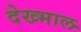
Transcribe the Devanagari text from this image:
देख्भाल